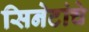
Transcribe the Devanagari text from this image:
सिनेटांचे